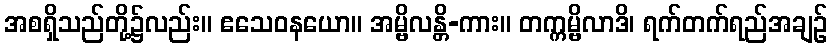
အစရှိသည်တို့၌လည်း။ ဧသေဝနယော။ အမ္ဗိလန္တိ-ကား။ တက္ကမ္ဗိလာဒိ၊ ရက်တက်ရည်အချဉ်